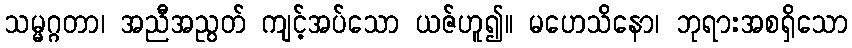
သမ္မဂ္ဂတာ၊ အညီအညွတ် ကျင့်အပ်သော ယဇ်ဟူ၍။ မဟေသိနော၊ ဘုရားအစရှိသော